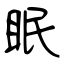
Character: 眠